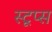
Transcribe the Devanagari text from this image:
स्टूप्स